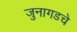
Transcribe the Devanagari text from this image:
जुनागडचे